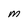
Character: M